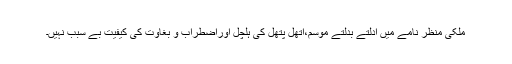
ملکی منظر نامے میں ادلتے بدلتے موسم،اتھل پتھل کی ہلچل اوراضطراب و بغاوت کی کیفیت بے سبب نہیں۔